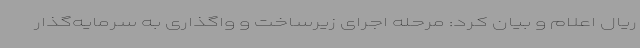
ریال اعلام و بیان کرد: مرحله اجرای زیرساخت و واگذاری به سرمایه‌گذار